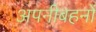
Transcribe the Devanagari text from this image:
अपनीबहनों